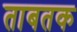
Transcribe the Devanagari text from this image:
ताबतक